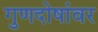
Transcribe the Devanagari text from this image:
गुणदोषांवर